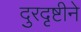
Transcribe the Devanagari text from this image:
दुरदृष्टीने